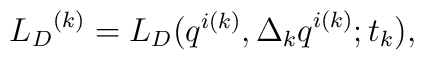
{{L}_D}^{(k)}={L}_D( q^{i (k)}, {\Delta_{k} q}^{i (k)}; t_k),